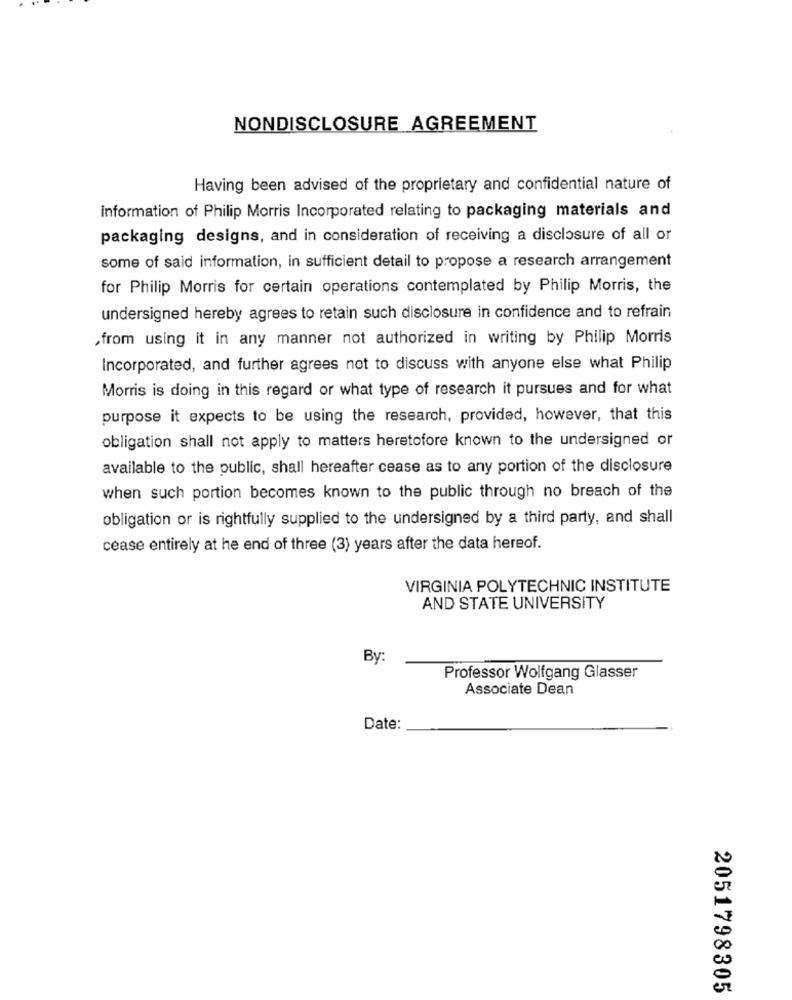
NONDISCLOSURE AGREEMENT
Having been advised of the proprietary and confidential nature of
information of Philip Morris Incorporated relating to packaging materials and
packaging designs, and in consideration of receiving a disclosure of all or
some of said information, in sufficient detail to propose a research arrangement
for Philip Morris for certain operations contemplated by Philip Morris, the
undersigned hereby agrees to retain such disclosure in confidence and to refrain
,from using it in any manner not authorized in writing by Philip Morris
Incorporated, and further agrees not to discuss with anyone else what Philip
Morris is doing in this regard or what type of research it pursues and for what
purpose it expects to be using the research, provided, however, that this
obligation shall not apply to matters heretofore known to the undersigned or
available to the public, shall hereafter cease as to any portion of the disclosure
when such portion becomes known to the public through no breach of the
obligation or is rightfully supplied to the undersigned by a third party, and shall
cease entirely at he end of three (3) years after the data hereof.
VIRGINIA POLYTECHNIC INSTITUTE
AND STATE UNIVERSITY
By:
Professor Wolfgang Glasser
Associate Dean
Date:
2051798305